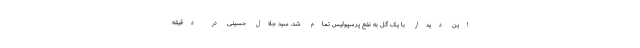
این دیدار با یک گل به نفع پرسپولیس تمام شد. سید جلال حسینی در دقیقه